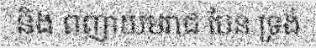
និង ពញាយមរាជ បែន ទ្រង់